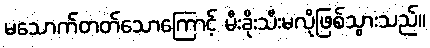
မသောက်တတ်သောကြောင့် မီးခိုးသီးမလိုဖြစ်သွားသည်။